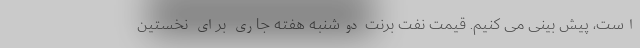
است، پیش بینی می کنیم. قیمت نفت برنت دوشنبه هفته جاری برای نخستین